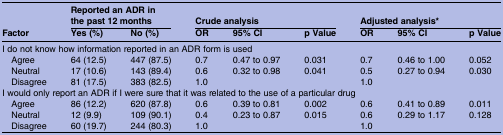
<table><thead><tr><td rowspan="2"><b>Factor</b></td><td colspan="2"><b>Reported an ADR in the past 12 months</b></td><td colspan="3"><b>Crude analysis</b></td><td colspan="3"><b>Adjusted analysis*</b></td></tr><tr><td><b>Yes (%)</b></td><td><b>No (%)</b></td><td><b>OR</b></td><td><b>95% CI</b></td><td><b>p Value</b></td><td><b>OR</b></td><td><b>95% CI</b></td><td><b>p Value</b></td></tr></thead><tbody><tr><td colspan="9">I do not know how information reported in an ADR form is used</td></tr><tr><td> Agree</td><td>64 (12.5)</td><td>447 (87.5)</td><td>0.7</td><td>0.47 to 0.97</td><td>0.031</td><td>0.7</td><td>0.46 to 1.00</td><td>0.052</td></tr><tr><td> Neutral</td><td>17 (10.6)</td><td>143 (89.4)</td><td>0.6</td><td>0.32 to 0.98</td><td>0.041</td><td>0.5</td><td>0.27 to 0.94</td><td>0.030</td></tr><tr><td> Disagree</td><td>81 (17.5)</td><td>383 (82.5)</td><td>1.0</td><td></td><td></td><td>1.0</td><td></td><td></td></tr><tr><td colspan="9">I would only report an ADR if I were sure that it was related to the use of a particular drug</td></tr><tr><td> Agree</td><td>86 (12.2)</td><td>620 (87.8)</td><td>0.6</td><td>0.39 to 0.81</td><td>0.002</td><td>0.6</td><td>0.41 to 0.89</td><td>0.011</td></tr><tr><td> Neutral</td><td>12 (9.9)</td><td>109 (90.1)</td><td>0.4</td><td>0.23 to 0.87</td><td>0.015</td><td>0.6</td><td>0.29 to 1.17</td><td>0.128</td></tr><tr><td> Disagree</td><td>60 (19.7)</td><td>244 (80.3)</td><td>1.0</td><td></td><td></td><td>1.0</td><td></td><td></td></tr></tbody></table>